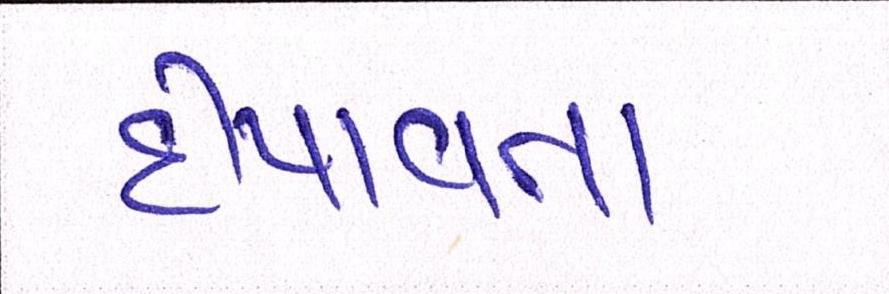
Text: દીપાવતા